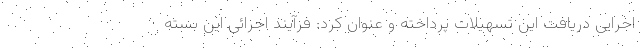
اجرایی دریافت این تسهیلات پرداخته و عنوان کرد: فرآیند اجرائی این بسته